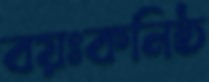
বয়ঃকনিষ্ঠ